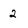
Character: 2